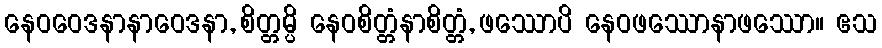
နေဝဝေဒနာနာဝေဒနာ, စိတ္တမ္ပိ နေဝစိတ္တံနာစိတ္တံ, ဖဿောပိ နေဝဖဿောနာဖဿော။ ဧသ